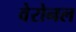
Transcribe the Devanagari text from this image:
वेरोनल